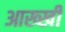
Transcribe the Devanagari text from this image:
आख्खी